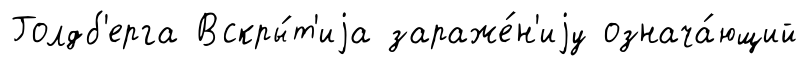
Голдб'ерга Вскры́т'иjа зараже́н'иjу означа́ющий